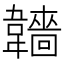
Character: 𩏫